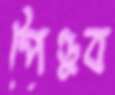
পৈণ্ডুব